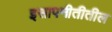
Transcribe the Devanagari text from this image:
इसापनीतीतील